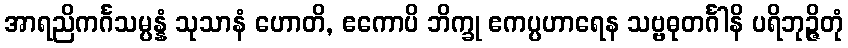
အာရညိကင်္ဂသမ္ပန္နံ သုသာနံ ဟောတိ, ဧကောပိ ဘိက္ခု ဧကပ္ပဟာရေန သဗ္ဗဓုတင်္ဂါနိ ပရိဘုဉ္ဇိတုံ